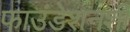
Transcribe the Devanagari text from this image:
फाउंडेशनशी